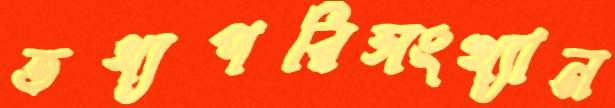
তথ্যপরিসংখ্যান